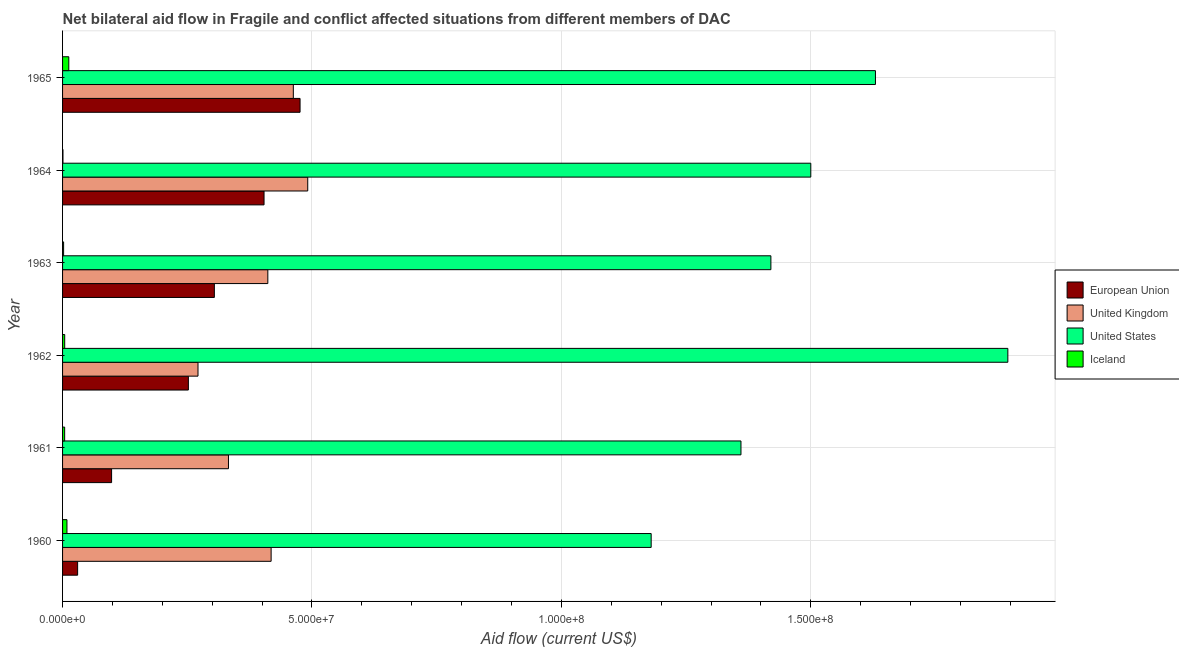
| Year | European Union | United Kingdom | United States | Iceland |
 | --- | --- | --- | --- | --- |
 | 1960 | 3.02e+06 | 4.18e+07 | 1.18e+08 | 8.8e+05 |
 | 1961 | 9.83e+06 | 3.33e+07 | 1.36e+08 | 4.2e+05 |
 | 1962 | 2.52e+07 | 2.72e+07 | 1.9e+08 | 4.3e+05 |
 | 1963 | 3.04e+07 | 4.12e+07 | 1.42e+08 | 2.1e+05 |
 | 1964 | 4.04e+07 | 4.92e+07 | 1.5e+08 | 8e+04 |
 | 1965 | 4.76e+07 | 4.63e+07 | 1.63e+08 | 1.25e+06 |